Report on the cholera epidemic of
Year: 1868
Disease focus: Cholera
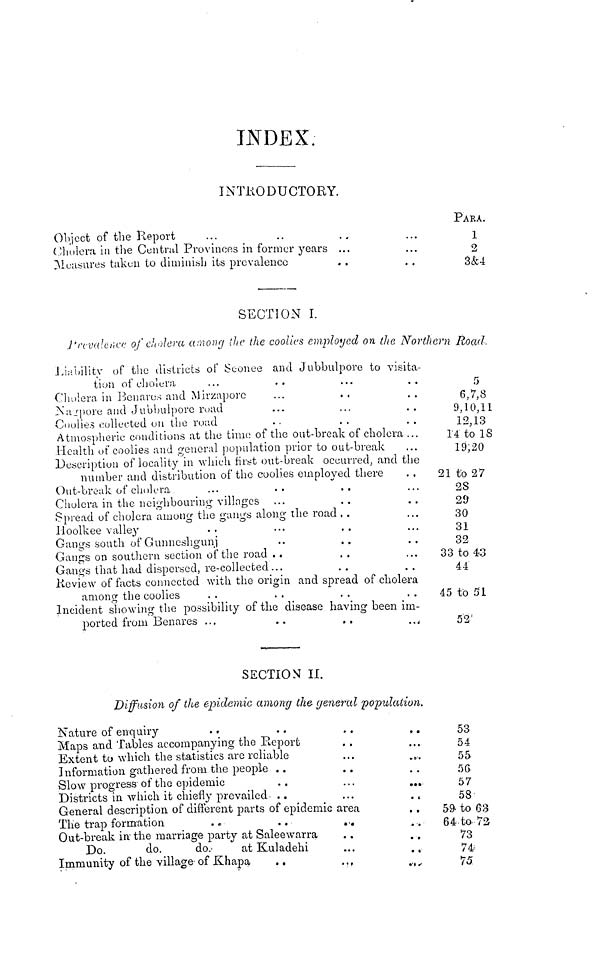
INDEX.
Object of the Report
INTRODUCTORY.
... .. ..
Cholera in the Central Provinces in former years ...
Measures taken to diminish its prevalence
PARA.
... 1
... 2
.. 3&4
SECTION I.
Prevalence of citolera among the the coolies employed on the North
Liability of the districts of Seonee and Jubbulpore to visita-
tion of cholera. ... .. ... ..
Cholera in Benares and Mirzaporc .. ... ..
Nagpore and Jubbulpore road .. ... ..
Coolies collected on the road .. ... ..
Atmospheric conditions at the time of the out-break of cholera ...
Health of coolies and general population prior to out-break ...
Description of locality in which first out-break occurred, and the
number and distribution of the coolies employed there
Out-break of cholera ... ... .. ...
Cholera in the neighbouring villages ... .. ...
Spread of cholera among the gangs along the road .. ...
Hoolkee valley ... ... .. ...
Gangs south of Gunncshgunj ... .. ...
Gangs on southern section of the road .. .. ...
Gangs that had dispersed, re-collected... .. ...
Review of facts connected with the origin and spread of cholera
among the coolies
Incident showing the possibility of the disease having been im-
ported from Benares ...
..
..
...
Road.
5
6,7,8
9,10,11
12,13
14 to 18
19;20
21 to 27
28
29
30
31
32
33 to 43
44
45 to 51
52
SECTION II.
Diffusion of the epidemic among the general population.
Nature of enquiry .. .. .. ..
Maps and Tables accompanying the Report .. ...
Extent to which the statistics are reliable ... ...
Information gathered from the people ... ...
Slow progress of the epidemic ... ... ...
Districts in which it chiefly prevailed. .. ... ...
General description, of different parts of epidemic area
The trap formation .. .. .. ..
Out-break in the marriage party at Saleewarra .. ...
Do.
do.
do.
at Kuladehi
...
...
Immunity of the village of Khapa
..
53
54
55
56
57
58
59 to 63
64 to 72
73
74
75